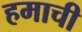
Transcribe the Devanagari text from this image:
हमाची